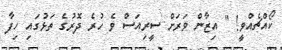
ކޯއްޗެއްވީ! " އިޒާން ވަރަށް ސީރިއަސް ވެ ހުރެ ދޮރުގެ ތަޅުގައި ހިފާ